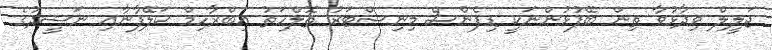
ޖަލީލް ވިދާޅުވާ ތިން ބޭފުޅުންނަކީ ޑިފެންސް މިނިސްޓަރު ތޮލްހަތު އިބްރާހިމް ކަލޭފާނާއި ނަޝީދުގެ